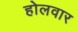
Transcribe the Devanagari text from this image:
होलवार